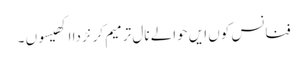
فنانس کوں ایں حوالے نال ترمیم کرنڑ دا اکھیسوں ۔